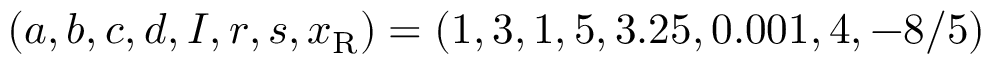
( a , b , c , d , I , r , s , x _ { \mathrm { R } } ) = ( 1 , 3 , 1 , 5 , 3 . 2 5 , 0 . 0 0 1 , 4 , - 8 / 5 )